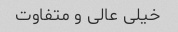
خیلی عالی و متفاوت